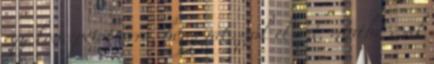
egy koncepciót arra, hogy játsszák el azt, mintha csak